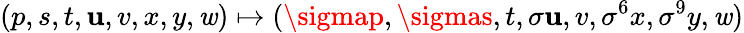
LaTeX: (p,s,t,\mathbf{u},v,x,y,\mathit{w})\mapsto(\sigmap,\sigmas,t,\sigma\mathbf{u},v,\sigma^{6}x,\sigma^{9}y,\mathit{w})